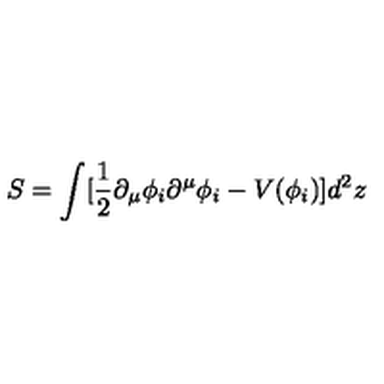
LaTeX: S = \int [ { \frac { 1 } { 2 } } \partial _ { \mu } \phi _ { i } \partial ^ { \mu } \phi _ { i } - V ( \phi _ { i } ) ] d ^ { 2 } z